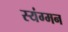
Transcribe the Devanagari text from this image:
स्यंग्मन